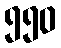
၅၅၀